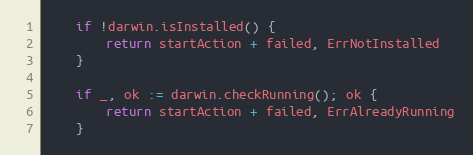
Language: Go
	if !darwin.isInstalled() {
		return startAction + failed, ErrNotInstalled
	}

	if _, ok := darwin.checkRunning(); ok {
		return startAction + failed, ErrAlreadyRunning
	}